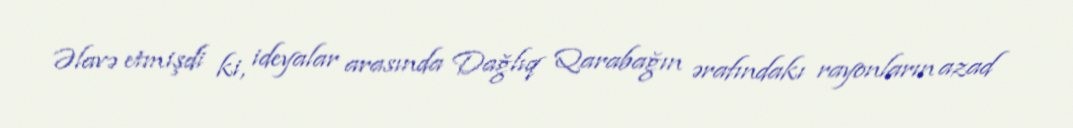
Əlavə etmişdi ki, ideyalar arasında Dağlıq Qarabağın ərafındakı rayonların azad